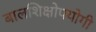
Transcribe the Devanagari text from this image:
बालशिक्षोपयोगी